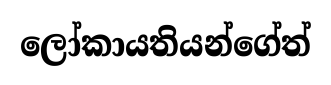
ලෝකායතියන්ගේත්